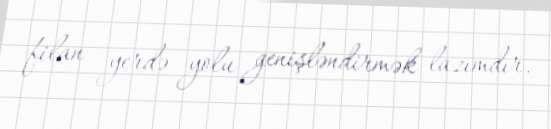
filan yerdə yolu genişləndirmək lazımdır.